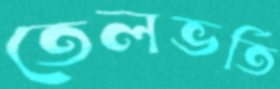
তেলভর্তি